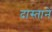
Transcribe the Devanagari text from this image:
दास्तानें